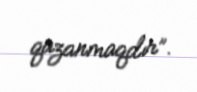
qazanmaqdır”.